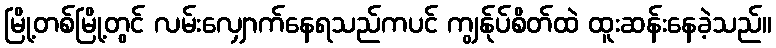
မြို့တစ်မြို့တွင် လမ်းလျှောက်နေရသည်ကပင် ကျွန်ုပ်စိတ်ထဲ ထူးဆန်းနေခဲ့သည်။